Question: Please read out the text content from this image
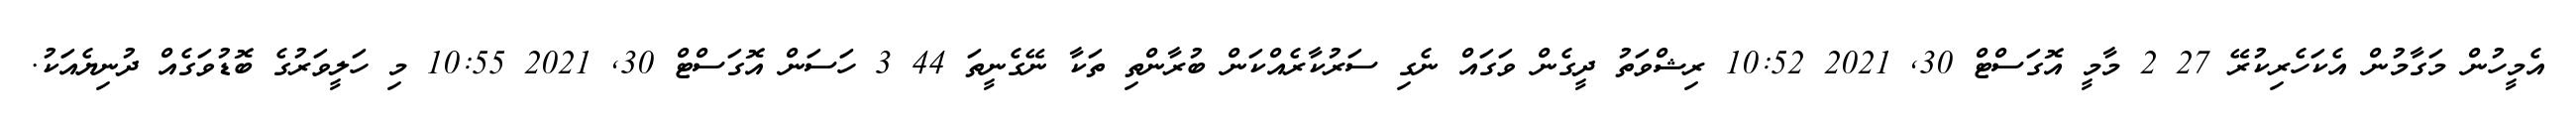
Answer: އެމީހުން މަގާމުން އެކަހެރިކުރޭ 27 2 މާމީ އޮގަސްޓް 30, 2021 10:52 ރިޝްވަތު ދީގެން ވަގައް ނެގި ސަރުކާރެއްކަން ބުރާންތި ތަކާ ނޭގެނީތަ 44 3 ހަސަން އޮގަސްޓް 30, 2021 10:55 މި ހަލީވަރުގެ ބޮޑުވަގެއް ދުނިޔެއަކު.